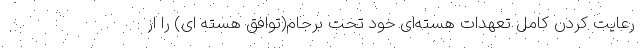
رعایت کردن کامل تعهدات هسته‌ای خود تحت برجام(توافق هسته ای) را از